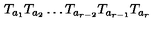
T _ { a _ { 1 } } T _ { a _ { 2 } } \ldots T _ { a _ { r - 2 } } T _ { a _ { r - 1 } } T _ { a _ { r } }